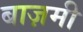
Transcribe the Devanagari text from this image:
बाज़मी